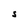
Character: S